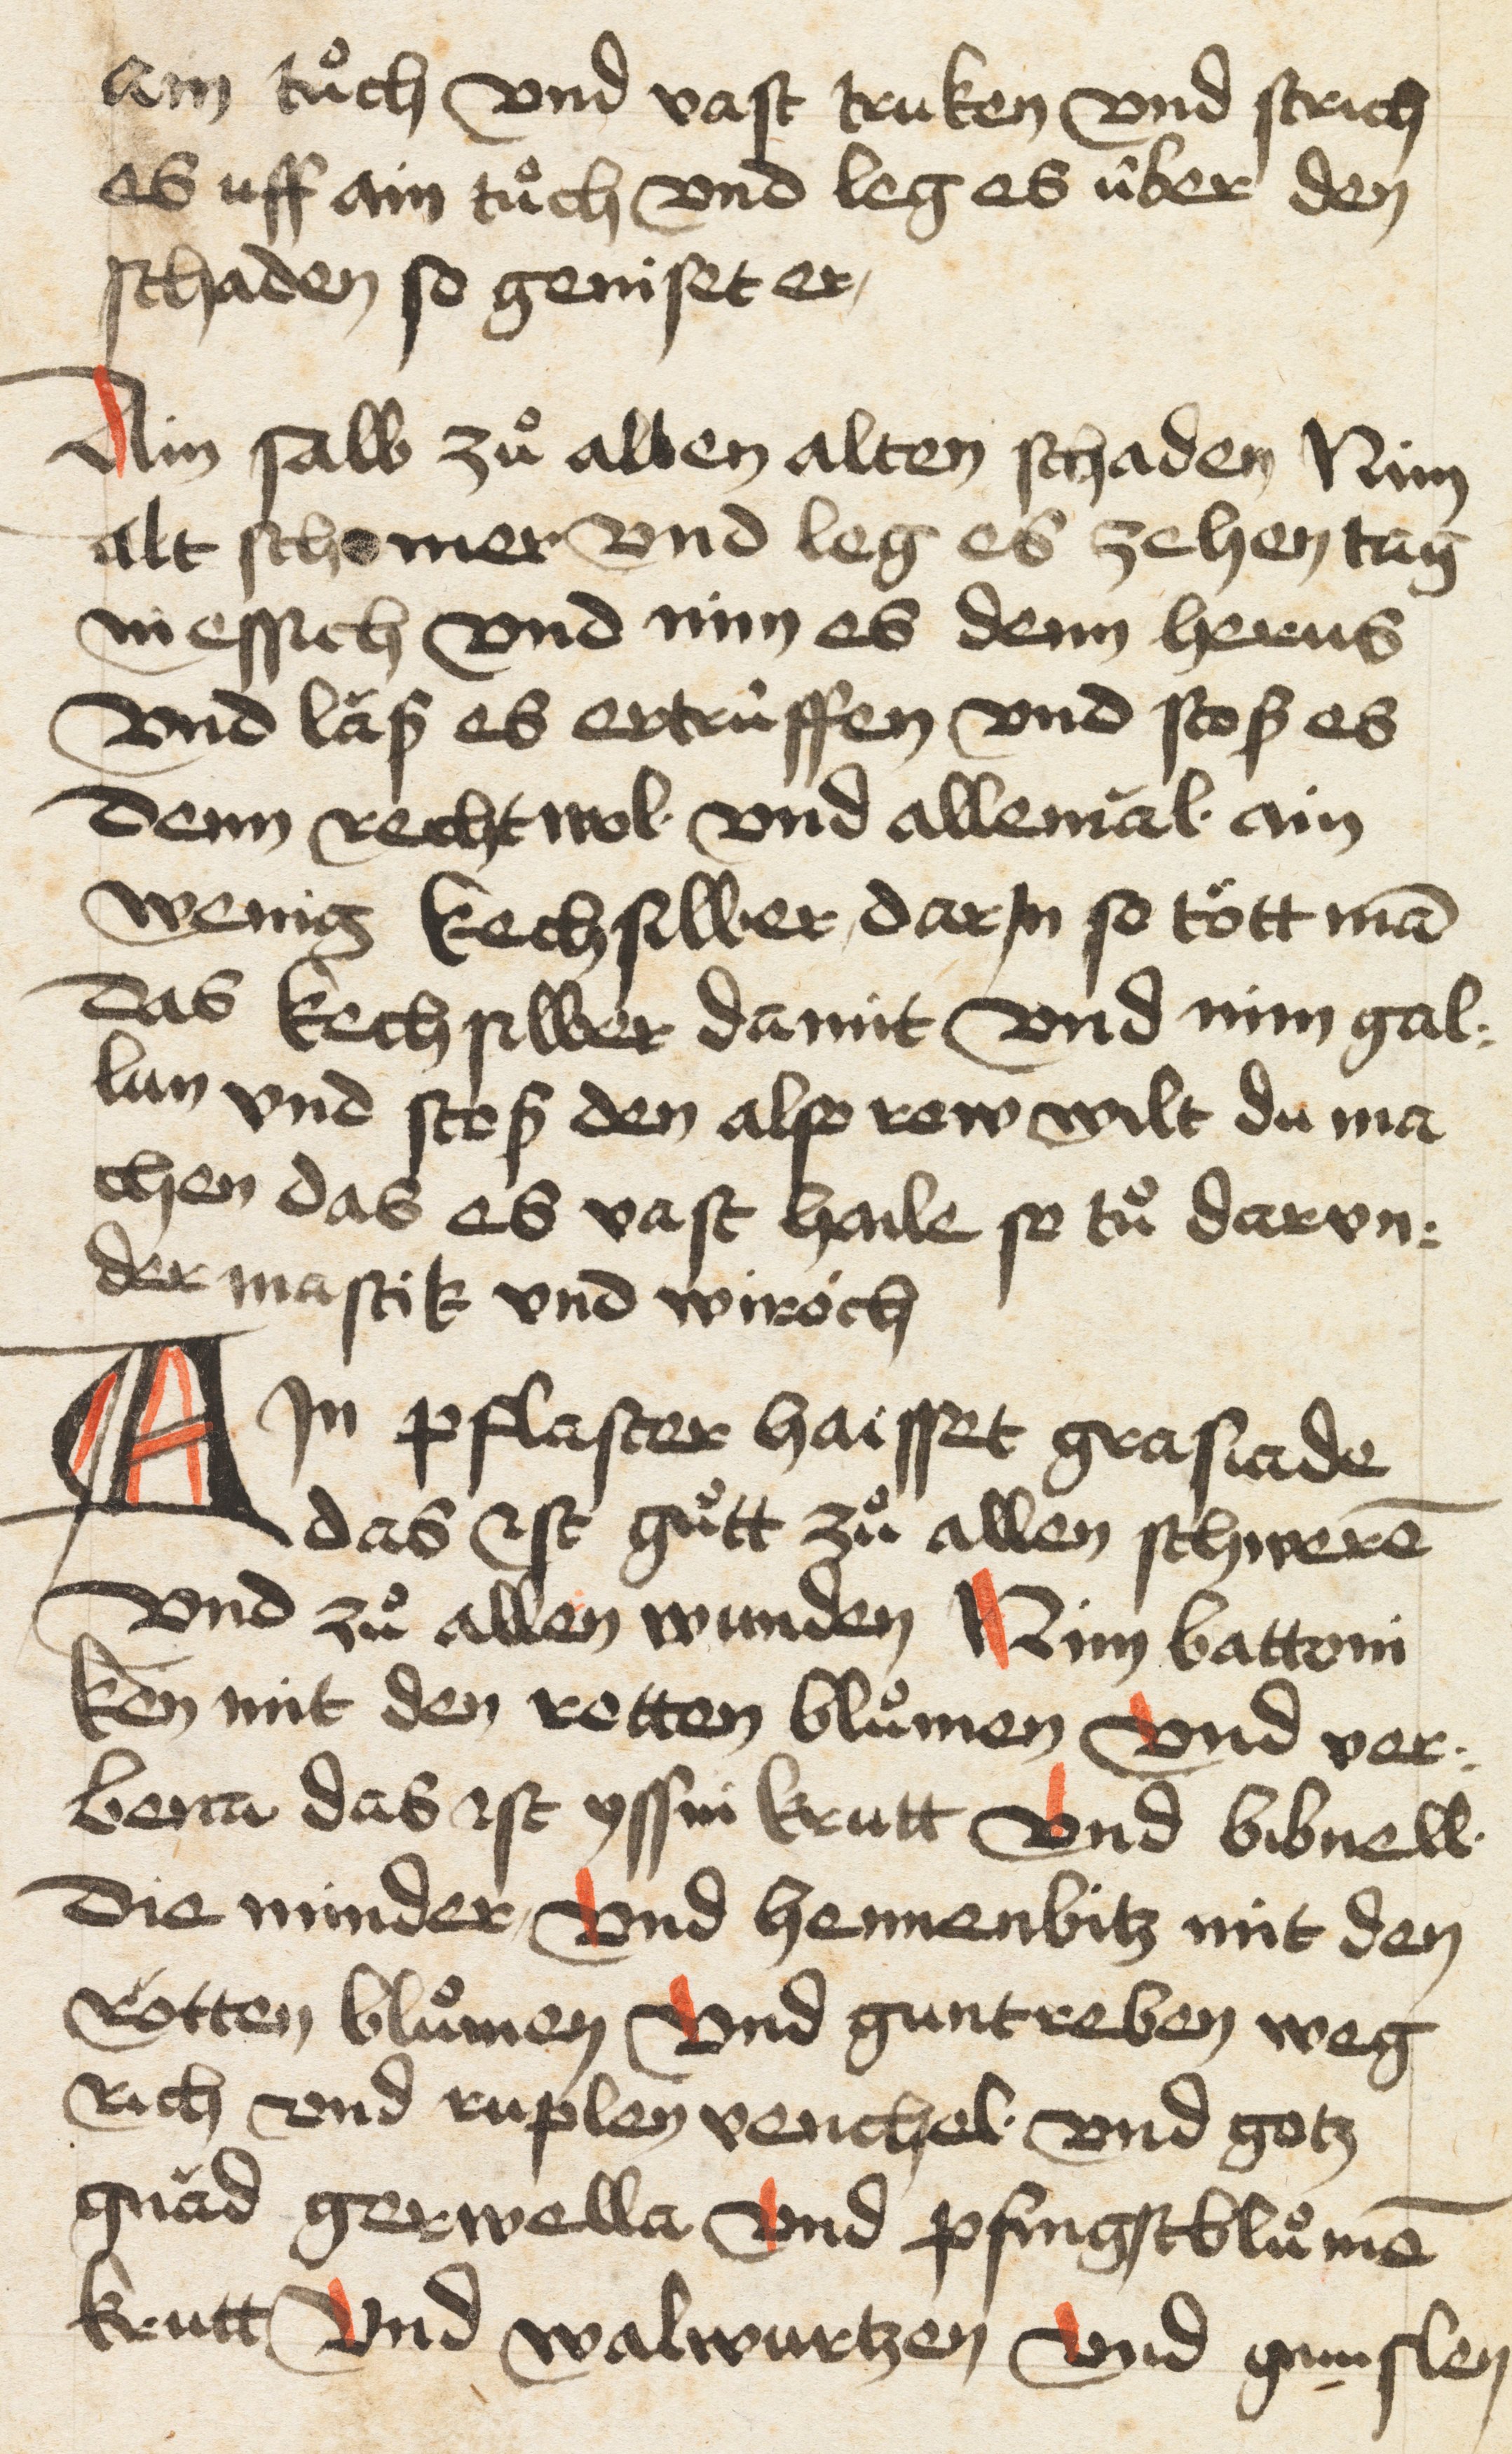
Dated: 1400–1499